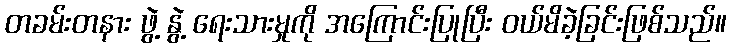
တခမ်းတနား ဖွဲ့ နွဲ့ ရေးသားမှုကို အကြောင်းပြုပြီး ဝယ်မိခဲ့ခြင်းဖြစ်သည်။